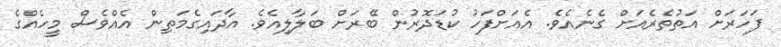
ފަހަރަށް އަތުތެރެއަށް ގެނެއެވެ. އެއަށްފަހު ކުޑަދޮރުން ބޭރަށް ބަލާލިއެވެ. އާދައިގެމަތިން އެއްވެސް މީހެއްގެ